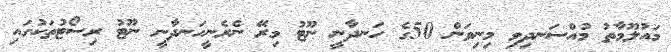
މައުލޫމާތު މުއްސަނދިވި މިނިވަން 50ގެ ހަނދާނީ ނޫޓު މިރޭ ނެރެނީހަނދާނީ ނޫޓު ރިސޯޓުތަކުގައި